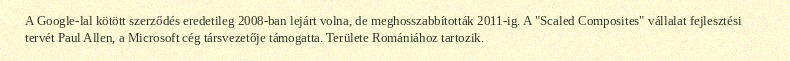
A Google-lal kötött szerződés eredetileg 2008-ban lejárt volna, de meghosszabbították 2011-ig. A "Scaled Composites" vállalat fejlesztési tervét Paul Allen, a Microsoft cég társvezetője támogatta. Területe Romániához tartozik.